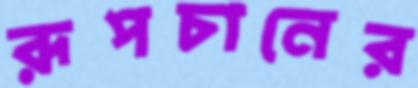
রূপচানের